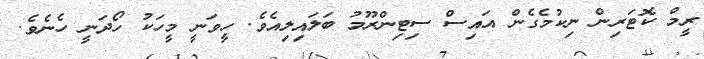
ރީމް ކޮޓަރިން ނިކުމެގެން އައިސް ސިޓިންރޫމު ބަލައިލިއެވެ. ހީވަނީ މީހަކު ހޯދަނީ ހެނެވެ.